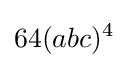
64(abc)^{4}